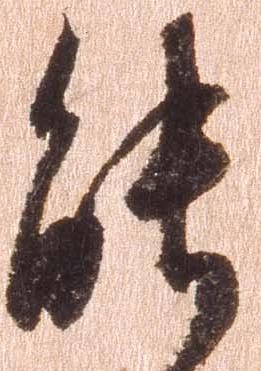
能